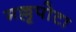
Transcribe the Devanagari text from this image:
मल्लूपोटा